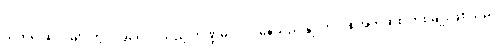
သက်ရှိ ဆဲလ်များတွင် အရေးပါသည့် ကဏ္ဍမှ ပါဝင်နေသည့် နျူကလစ်အက်ဆစ် တစ်မျိုးဖြစ်သည်။